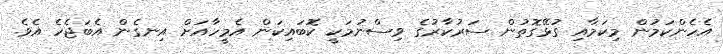
އެހެންކަމުން މިކަމާއި ގުޅޭގޮތުން ސަރުކާރުގެ ވިސްނުމަކީ ކޮބައިކަން އެމީހާއަށް އިނގެން އެބަޖެހެ އެވެ.